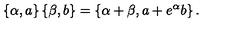
\left\{ \alpha , a \right\} \left\{ \beta , b \right\} = \left\{ \alpha + \beta , a + e ^ { \alpha } b \right\} .